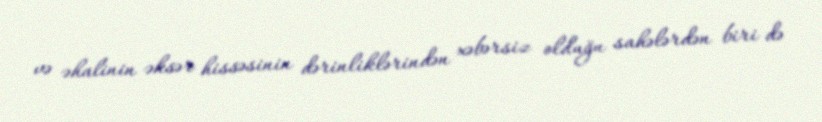
və əhalinin əksər hissəsinin dərinliklərindən xəbərsiz olduğu sahələrdən biri də